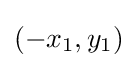
(-x_{1},y_{1})